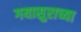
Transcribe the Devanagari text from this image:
गयासुराच्या